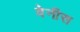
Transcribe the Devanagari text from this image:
वेनीस